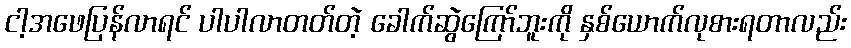
ငါ့အဖေပြန်လာရင် ပါပါလာတတ်တဲ့ ခေါက်ဆွဲကြော်ဘူးကို နှစ်ယောက်လုစားရတာလည်း